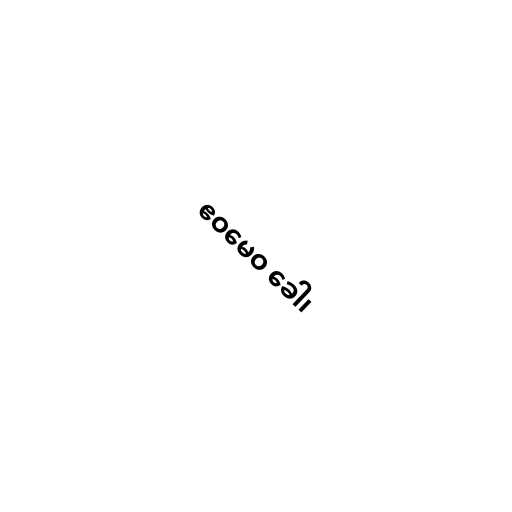
ဧဝမေဝ ခေါ၊